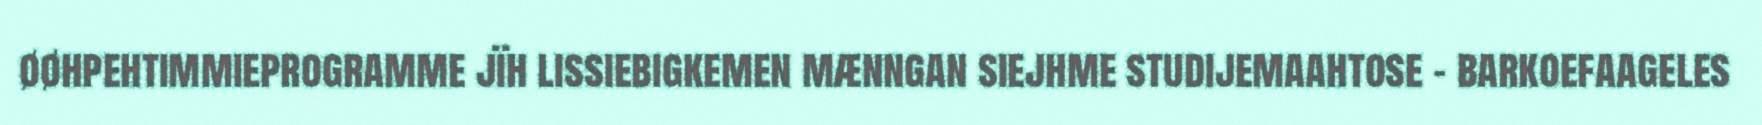
øøhpehtimmieprogramme jïh lissiebigkemen mænngan siejhme studijemaahtose – barkoefaageles